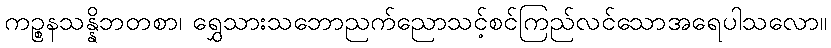
ကဉ္စနသန္နိဘတစာ၊ ရွှေသားသဘောညက်ညောသင့်စင်ကြည်လင်သောအရေပါသလော။